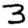
Digit: 3